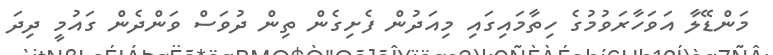
މަންޑޭލާ އަވަހާރަވުމުގެ ހިތާމައިގައި މިއަދުން ފެށިގެން ތިން ދުވަސް ވަންދެން ގައުމީ ދިދަ